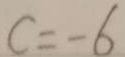
c = - 6